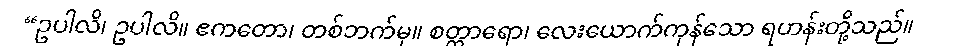
“ဥပါလိ၊ ဥပါလိ။ ဧကတော၊ တစ်ဘက်မှ။ စတ္တာရော၊ လေးယောက်ကုန်သော ရဟန်းတို့သည်။